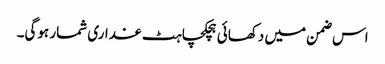
اس ضمن میں دکھائی ہچکچاہٹ غداری شمار ہوگی۔